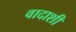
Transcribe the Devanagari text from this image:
वादाशी